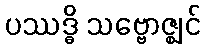
ပဿဒ္ဓိ သဗ္ဗောဇ္ဈင်